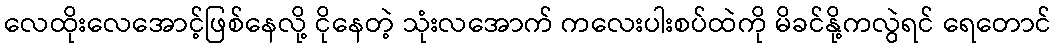
လေထိုးလေအောင့်ဖြစ်နေလို့ ငိုနေတဲ့ သုံးလအောက် ကလေးပါးစပ်ထဲကို မိခင်နို့ကလွဲရင် ရေတောင်